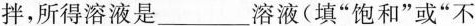
拌，所得溶液是___溶液(填”饱和”或”不